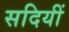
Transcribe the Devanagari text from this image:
सदियीं